Medical and sanitary report of the native army of Madras for the year
Year: 1876
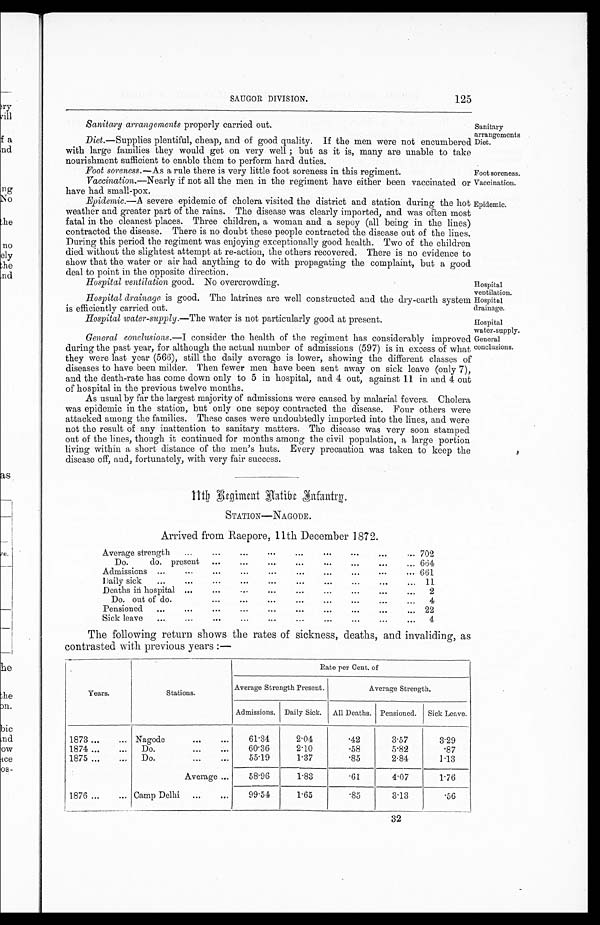
Hospital water-supply.
General
conclusions.
Foot soreness
' Vaccination.
Epidemic
Sanitary arrangements
Diet.
Hospital
ventilation. Hospital
drainage.
SAUGOR DIVISION. 125
Sanitary arrangements properly carried out.
Diet.—Supplies plentiful, cheap, and of good quality. If the men were not encumbered
with large families they would get on very well ; but as it is, many are unable to take
nourishment sufficient to enable them to perform hard duties.
Foot soreness.—As a rule there is very little foot soreness in this regiment.
Vaccination.—Nearly if not all the men in the regiment have either been vaccinated or
have had small-pox.
Epidemic.—A severe epidemic of cholera visited the district and station during the hot
weather and greater part of the rains. The disease was clearly imported, and was often most
fatal in the cleanest places. Three children, a woman and a sepoy (all being in the lines)
contracted the disease. There is no doubt these people contracted the disease out of the lines.
During this period the regiment was enjoying exceptionally good health. Two of the children
died without the slightest attempt at re-action, the others recovered. There is no evidence to
show that the water or air had anything to do with propagating the complaint, but a good
deal to point in the opposite direction.
Hospital ventilation good. No overcrowding.
Hospital drainage is good. The latrines are well constructed and the dry-earth system
is efficiently carried out.
Hospital water-supply.—The water is not particularly good at present.
General conclusions.—I consider the health of the regiment has considerably improved
during the past year, for although the actual number of admissions (597) is in excess of what
they were last year (566), still the daily average is lower, showing the different classes of
diseases to have been milder. Then fewer men have been sent away on sick leave (only 7),
and the death-rate has come down only to 5 in hospital, and 4 out, against 11 in and 4 out
of hospital in the previous twelve months.
As usual by far the largest majority of admissions were caused by malarial fevers. Cholera
was epidemic in the station, but only one sepoy contracted the disease. Four others were
attacked among the families. These cases were undoubtedly imported into the lines, and were
not the result of any inattention to sanitary matters. The disease was very soon stamped
out of the lines, though it continued for months among the civil population, a large portion
living within a short distance of the men's huts. Every precaution was taken to keep the
disease off, and, fortunately, with very fair success.
11th Begiment Hatibe F n f a n t r y
STATION-NAGODE
Arrived from Raepore, 11th December 1872.
Average strength ... ... . . .
. . . . . . ...
. . . ...
. . . 702
Do. do. present ... . . .
. . . . . .
. . . ...
. . . ... 664
Admissions ...
. . . ... ... ... . . . ... ...
. . .
. . . 661
Daily sic
. . . . . .
. . .
. . .
. . . . . .
. . .
. . . ... ... 11
Deaths in hospital . . .
. . .
. . . . . . . . .
. . .
. . . ... ... 2
Do. out of do. . . . ...
. . . ... ... ... ... ... ... 4
Pensioned ... ... ... ... ... ... ... ... ... ... 22
Sick leave
. . . ...
. . . ...
. . . . . .
. . . ... ...
. . . 4
The following return shows the rates of sickness, deaths, and invaliding, a
contrasted with previous years :—
Years.
Stations.
Rate per Cent. of
Average Strength Present.
Average Strength.
Admissions. Daily Sick. All Deaths. Pensioned. Sick Leave.
1873 ... ... Nagode
... ... 61.34
2.04
.42
3.57
3.29
1874 ... ... Do.
. . . . . . 60.36
2.10
.58
5.82
.87
1875 . . . ... Do.
. . . . . . 55.19
l.37
.85
2.84
1.13
Average ... 58.96
1.83
.61
4.07
1.76
1876 ... ... Camp Delhi ... ... 99.54
1.65
.85
3.13
.56
32